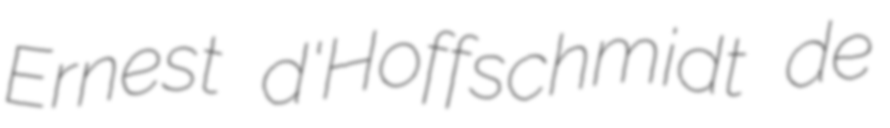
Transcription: Ernest d'Hoffschmidt de